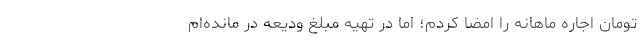
تومان اجاره ماهانه را امضا کردم؛ اما در تهیه مبلغ ودیعه در مانده‌ام